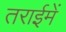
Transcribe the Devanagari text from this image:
तराईमें